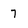
Character: 7